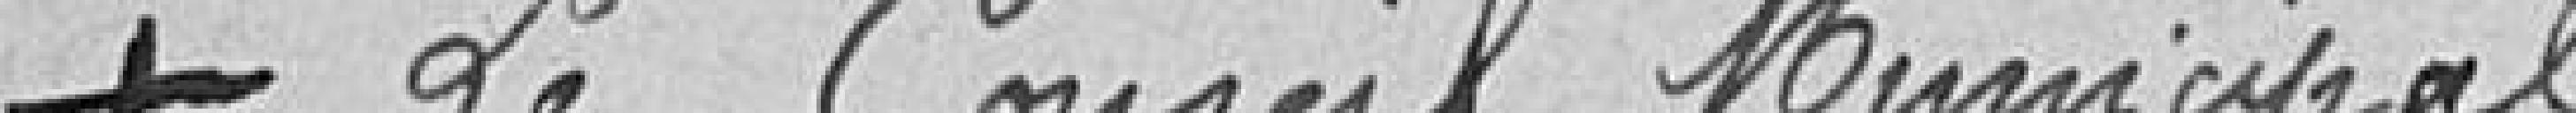
Le Conseil Municipal